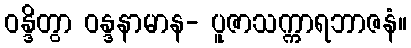
ဝန္ဒိတွာ ဝန္ဒနာမာန- ပူဇာသက္ကာရဘာဇနံ။